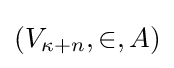
(V_{\kappa +n},\in ,A)